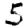
Digit: 5